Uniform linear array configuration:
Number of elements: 48
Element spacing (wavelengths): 0.5
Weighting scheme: binomial
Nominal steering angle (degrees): -15
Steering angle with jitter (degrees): -14.072
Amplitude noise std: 0.05
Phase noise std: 0.05

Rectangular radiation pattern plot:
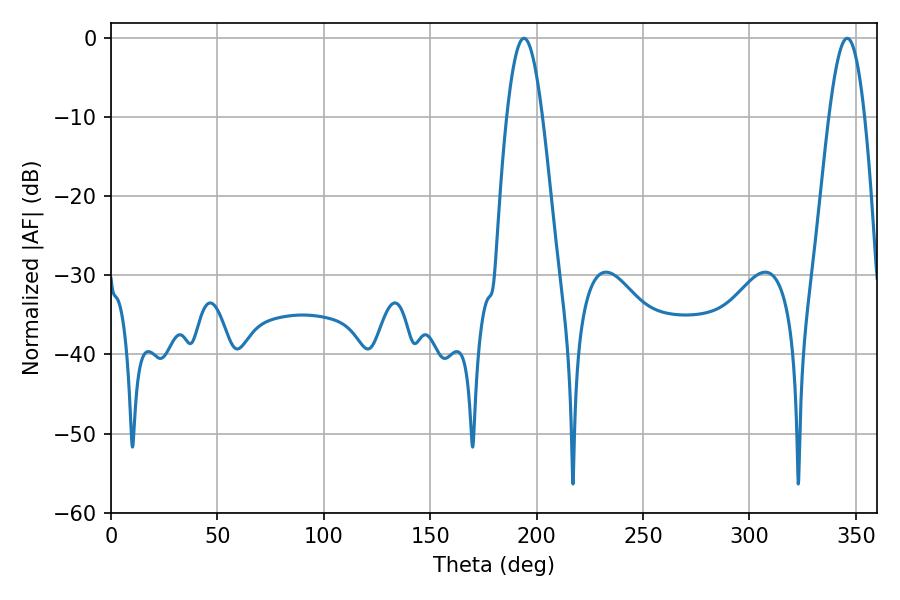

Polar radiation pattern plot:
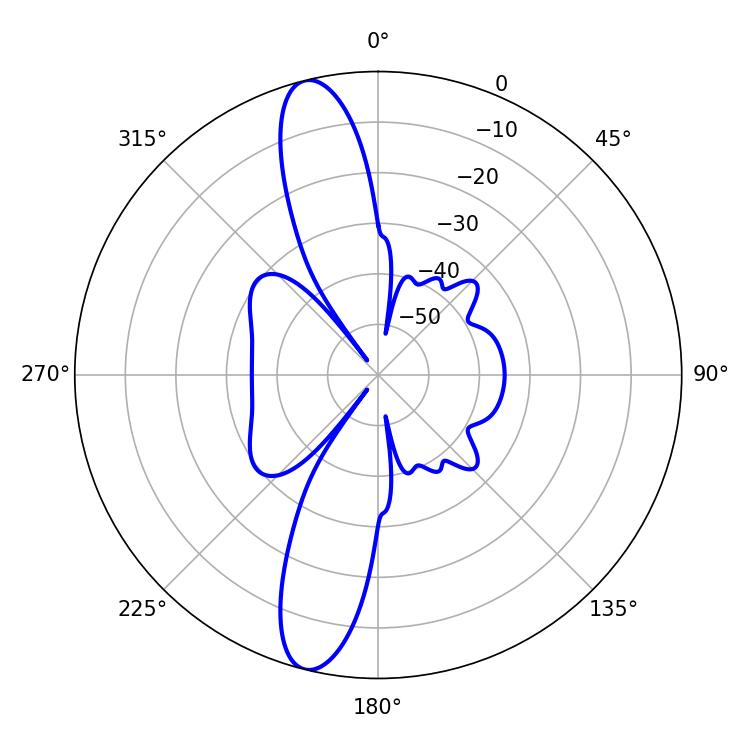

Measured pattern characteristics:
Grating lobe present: FALSE
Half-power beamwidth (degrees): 9.18
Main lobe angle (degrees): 194.04